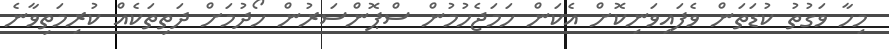
މިހާ ވަގުތު ކުޑަތަން ވެފައިވަނިކޮށް އެކަން ހަމަޖެހުމުން ސްޕޮންސަރުން ހޯދުމަށް ދަތިތަކެއް ކުރިމަތިވާނެ